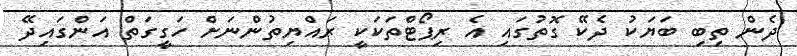
ދެން ތިބި ބަޔަކު ދެކޭ ގޮތުގައި އެ ރިޕޯޓްތަކަކީ ރައްޔިތުންނަށް ހަގީގަތް އަންގައިދޭ